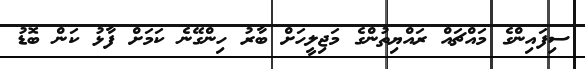
ސިފައިންގެ މައްޗައް ރައްޔިތުންގެ މަޖިލީހަށް ބާރު ހިންގޭނެ ކަމަށް ފާޅު ކަން ބޮޑު